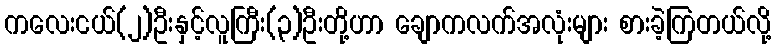
ကလေးငယ်(၂)ဦးနှင့်လူကြီး(၃)ဦးတို့ဟာ ချောကလက်အလုံးများ စားခဲ့ကြတယ်လို့